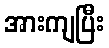
အားကျပြီး